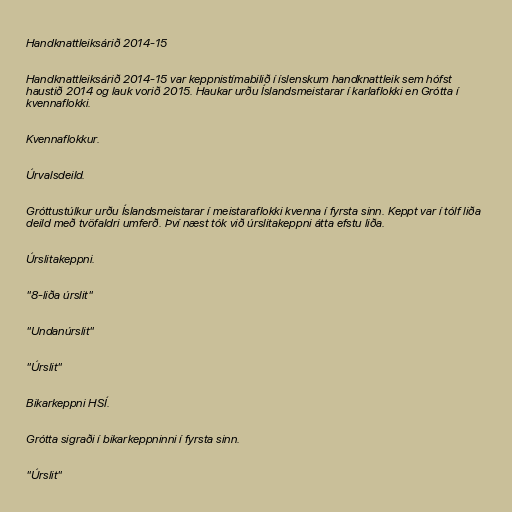
Handknattleiksárið 2014-15

Handknattleiksárið 2014-15 var keppnistímabilið í íslenskum handknattleik sem hófst
haustið 2014 og lauk vorið 2015. Haukar urðu Íslandsmeistarar í karlaflokki en Grótta í
kvennaflokki.

Kvennaflokkur.

Úrvalsdeild.

Gróttustúlkur urðu Íslandsmeistarar í meistaraflokki kvenna í fyrsta sinn. Keppt var í tólf liða
deild með tvöfaldri umferð. Því næst tók við úrslitakeppni átta efstu liða.

Úrslitakeppni.

"8-liða úrslit"

"Undanúrslit"

"Úrslit"

Bikarkeppni HSÍ.

Grótta sigraði í bikarkeppninni í fyrsta sinn.

"Úrslit"